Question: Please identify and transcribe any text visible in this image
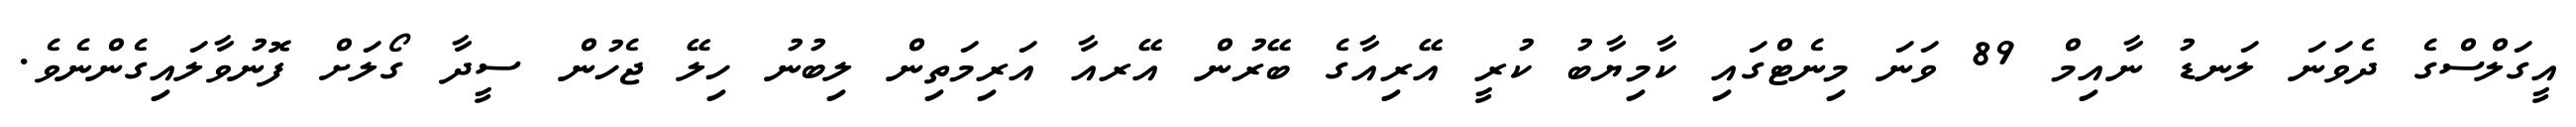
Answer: އީގަލްސްގެ ދެވަނަ ލަނޑު ނާއިމް 89 ވަނަ މިނެޓްގައި ކާމިޔާބު ކުރީ އޭރިއާގެ ބޭރުން އޭރއާ އަރިމަތިން ލިބުނު ހިލޭ ޖެހުން ސީދާ ގޯލަށް ފޮނުވާލައިގެންނެވެ.